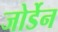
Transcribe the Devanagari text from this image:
जोर्डेन